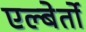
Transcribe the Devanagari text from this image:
एल्बेर्तो